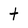
Character: t